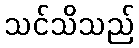
သင်သိသည်